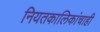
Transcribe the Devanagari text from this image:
नियतकालिकांचाही